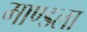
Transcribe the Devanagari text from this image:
माण्डला